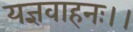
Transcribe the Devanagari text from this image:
यज्ञवाहनः।।